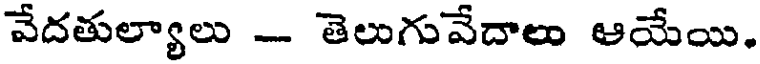
వేదతుల్యాలు - తెలుగువేదాలు ఆయేయి.